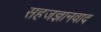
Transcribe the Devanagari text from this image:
सहजज्ञानवाद